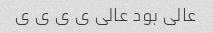
عالی بود عالی ی ی ی ی